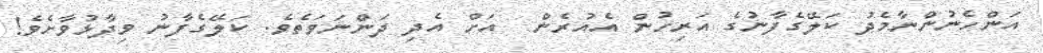
އަންހެނުންނާމެދު ކަލޭގެފާނުގެ އަރިހުން އެއުރެން  އަށް އެދި ދަންނަވަތެވެ. ކަލޭގެފާނު ވިދާޅުވާށެވެ!